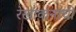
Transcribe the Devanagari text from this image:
रेखांकनाची